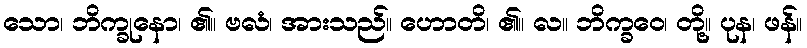
သော၊ ဘိက္ခုနော၊ ၏။ ဗလံ၊ အားသည်။ ဟောတိ၊ ၏။ လ။ ဘိက္ခဝေ၊ တို့။ ပုန၊ ဖန်။